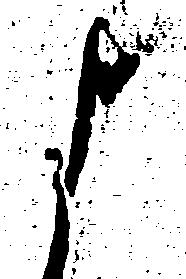
よ